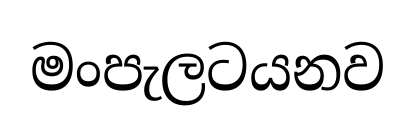
මංපැලටයනව